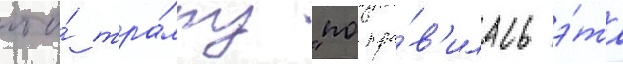
что́ тра́мпу "понра́в'илась э́та